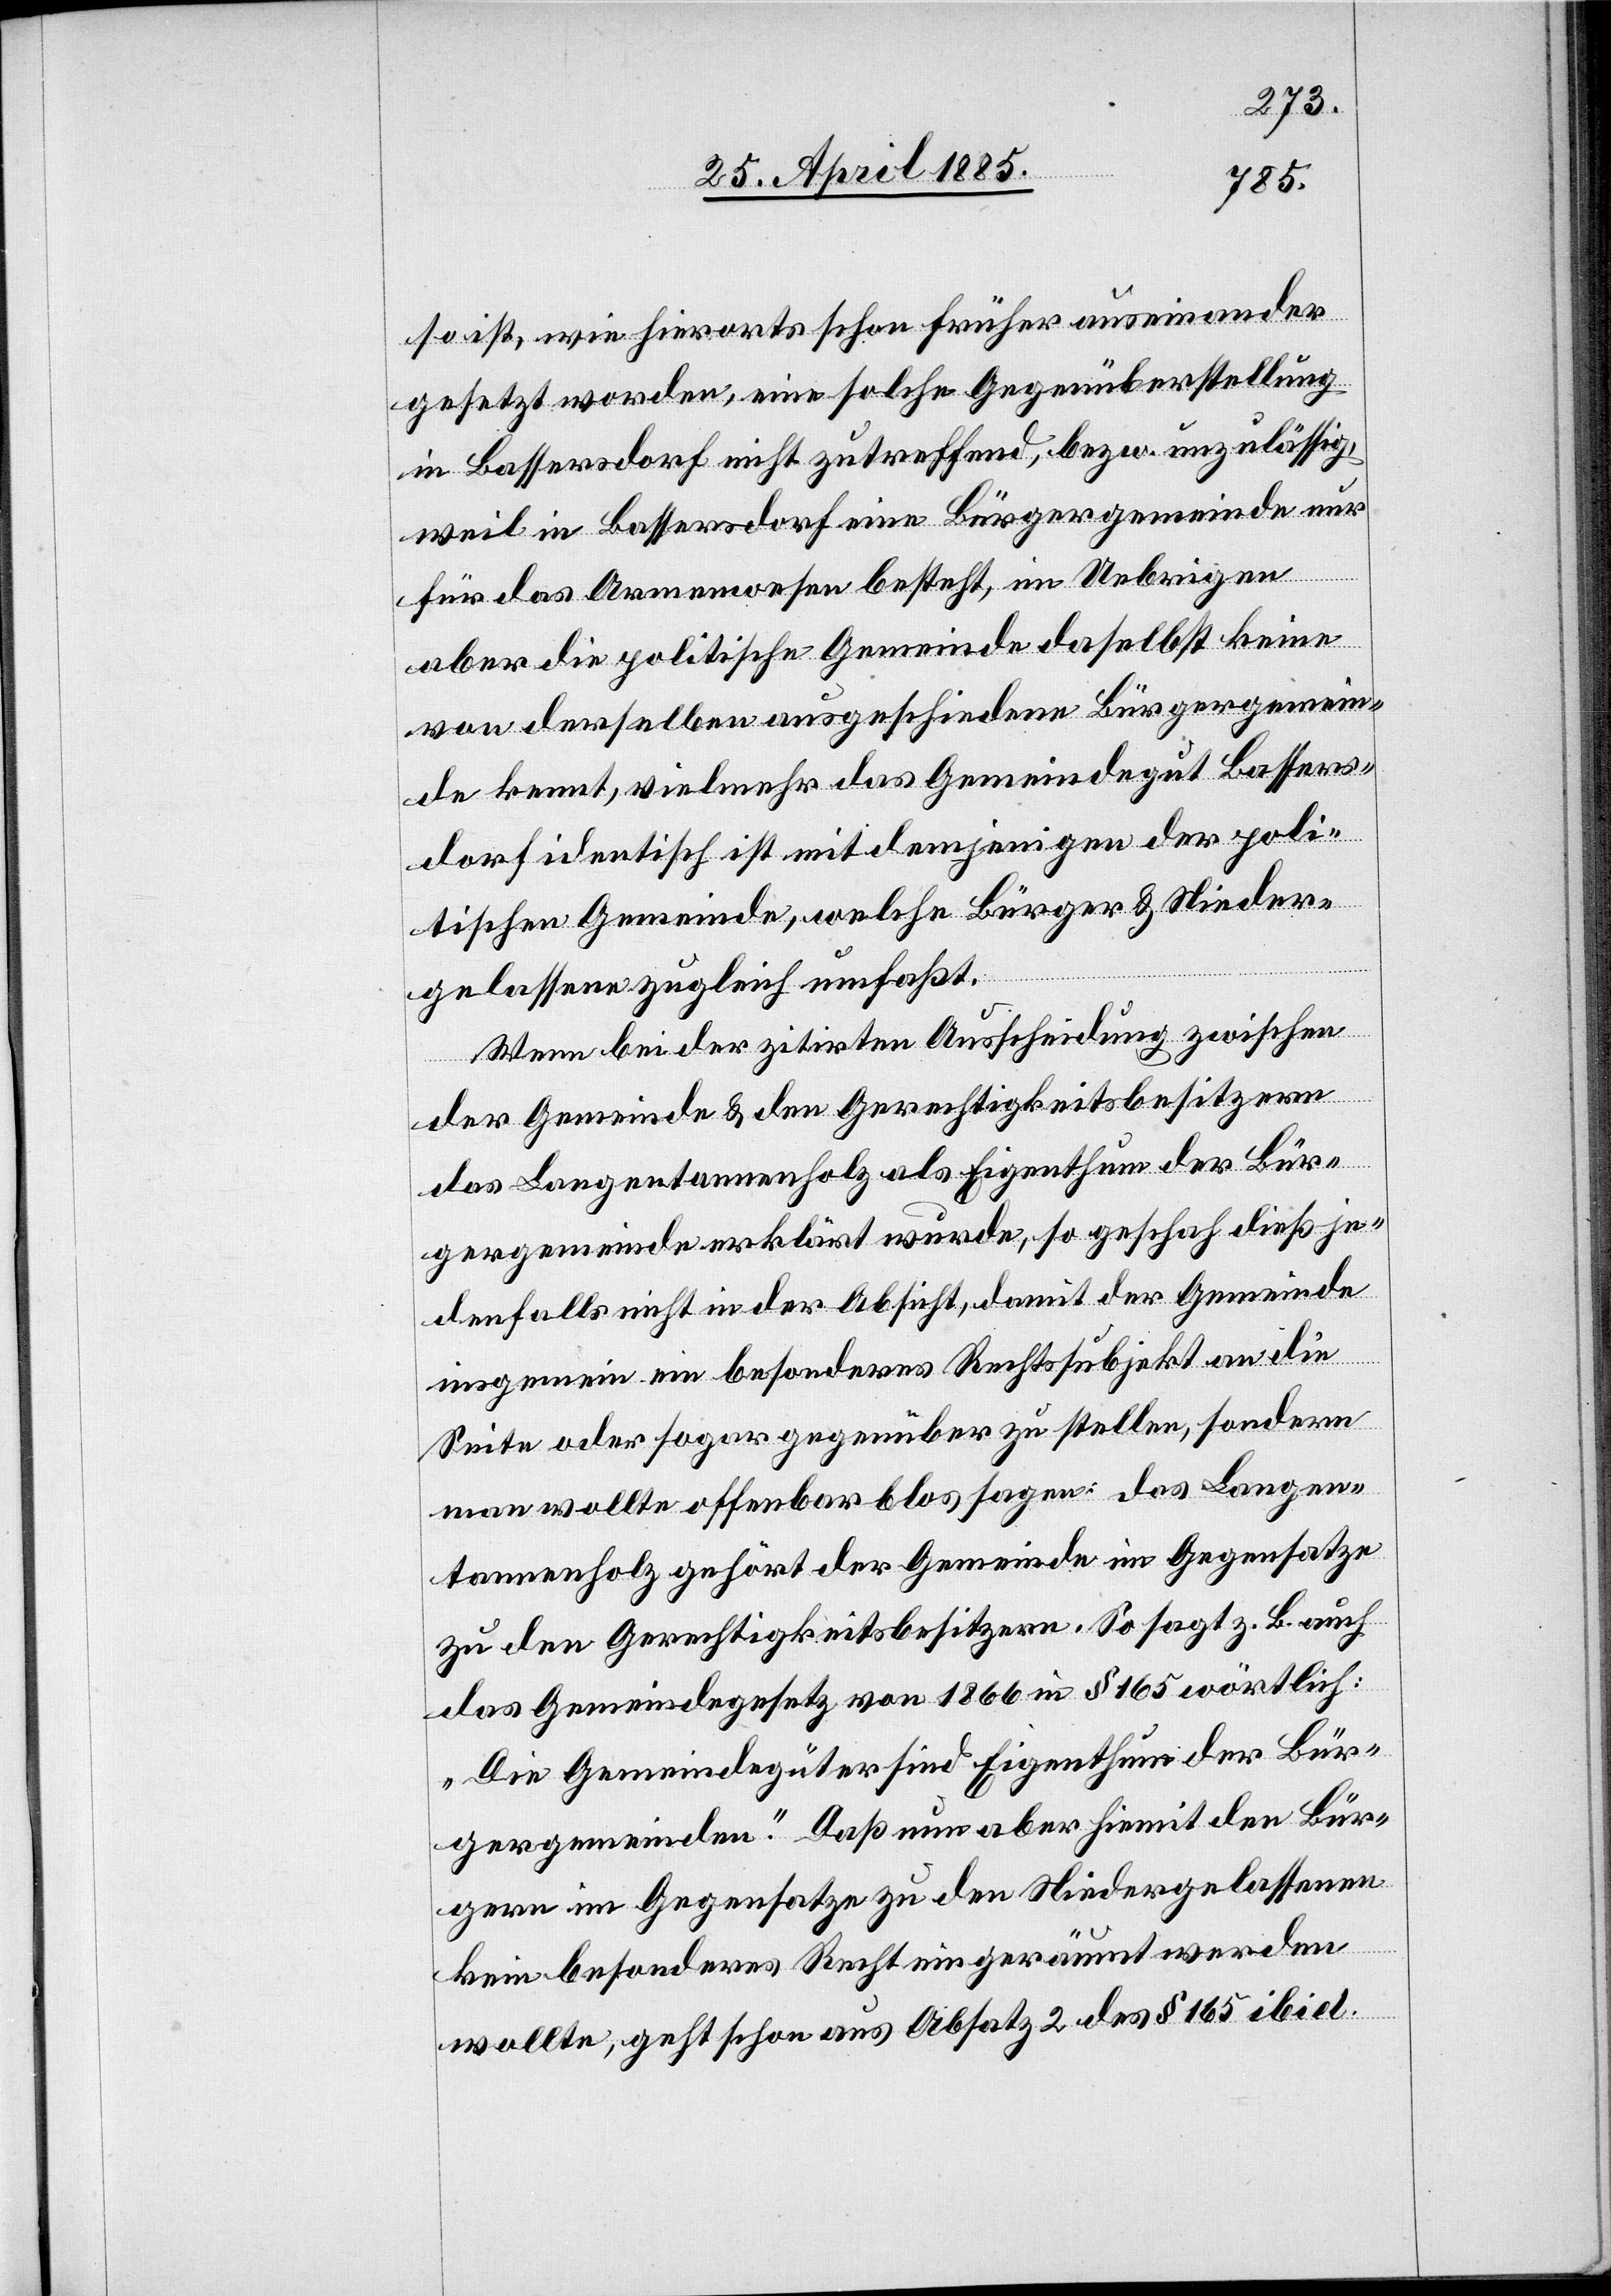
so ist, wie hierorts schon früher auseinander
gesetzt worden, eine solche Gegenüberstellung
in Bassersdorf nicht zutreffend, bezw. unzulässig,
weil in Bassersdorf eine Bürgergemeinde nur
für das Armenwesen besteht, im Uebrigen
aber die politische Gemeinde daselbst keine
von derselben ausgeschiedene Bürgergemein¬
de kennt, vielmehr das Gemeindegut Bassers¬
dorf identisch ist mit demjenigen der poli¬
tischen Gemeinde, welche Bürger & Nieder¬
gelassene zugleich umfaßt.
Wenn bei der zitirten Ausscheidung zwischen
der Gemeinde & den Gerechtigkeitsbesitzern
das Langentannenholz als Eigenthum der Bür¬
gergemeinde erklärt wurde, so geschah dieß je¬
denfalls nicht in der Absicht, damit der Gemeinde
insgemein ein besonderes Rechtssubjekt an die
man wollte offenbar blos sagen: das Langen¬
tannenholz gehört der Gemeinde im Gegensatze
zu den Gerechtigkeitsbesitzern. So sagt z. B. auch
das Gemeindegesetz von 1866 in § 165 wörtlich:
„Die Gemeindegüter sind Eigenthum der Bür¬
gergemeinden.“ Daß nun aber hiemit den Bür¬
gern im Gegensatze zu den Niedergelassenen
kein besonderes Recht eingeräumt werden
wollte, geht schon aus Absatz 2 des § 165 ibid.